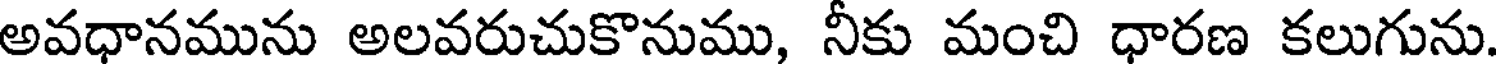
అవధానమును అలవరుచుకొనుము, నీకు మంచి ధారణ కలుగును